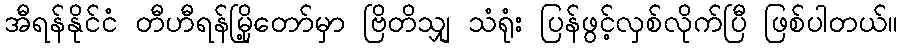
အီရန်နိုင်ငံ တီဟီရန်မြို့တော်မှာ ဗြိတိသျှ သံရုံး ပြန်ဖွင့်လှစ်လိုက်ပြီ ဖြစ်ပါတယ်။